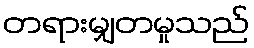
တရားမျှတမှုသည်